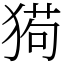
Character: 㺃